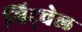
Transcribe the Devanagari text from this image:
मिट्चेल